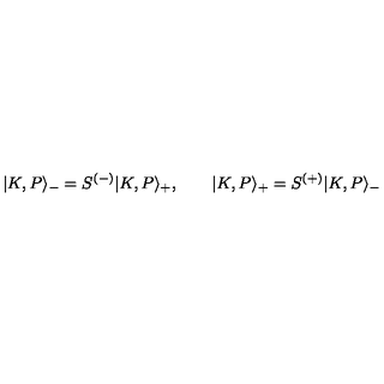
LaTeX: | K , P \rangle _ { - } = S ^ { ( - ) } | K , P \rangle _ { + } , \qquad | K , P \rangle _ { + } = S ^ { ( + ) } | K , P \rangle _ { - }